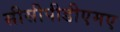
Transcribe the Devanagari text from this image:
सीसीपीडीएमए